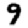
Digit: 9